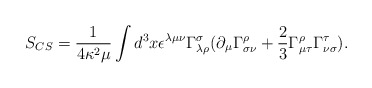
\begin{align*}S_{CS}=\frac{1}{4\kappa ^{2}\mu}\int d^{3}x\epsilon ^{\lambda\mu \nu }\Gamma ^{\sigma }_{\lambda \rho}(\partial _{\mu }\Gamma ^{\rho}_{\sigma \nu}+\frac{2}{3}\Gamma^{\rho}_{\mu \tau}\Gamma ^{\tau}_{\nu \sigma}).\end{align*}